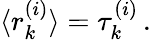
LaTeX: \langle r_{k}^{(i)}\rangle=\tau_{k}^{(i)}\, .